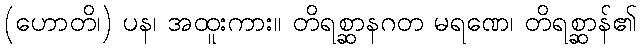
(ဟောတိ၊) ပန၊ အထူးကား။ တိရစ္ဆာနဂတ မရဏေ၊ တိရစ္ဆာန်၏